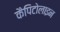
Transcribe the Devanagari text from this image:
कैपिटोलाइन